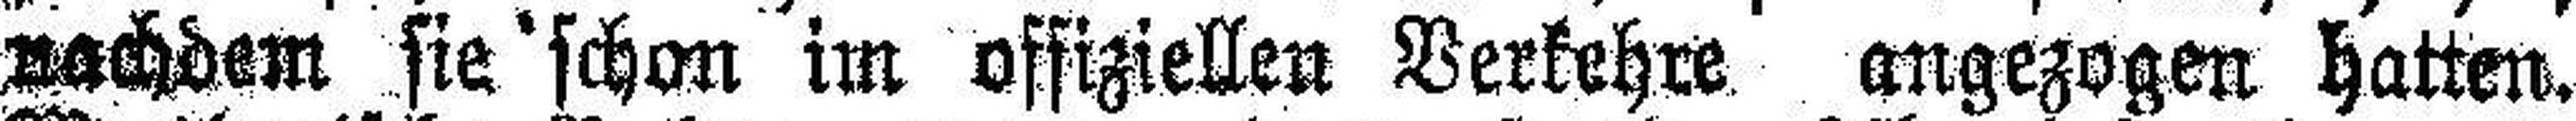
nachdem sie schon im offiziellen Verkehre angezogen hatten.